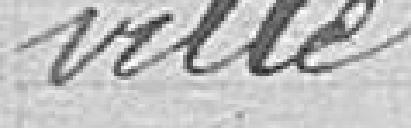
ville.